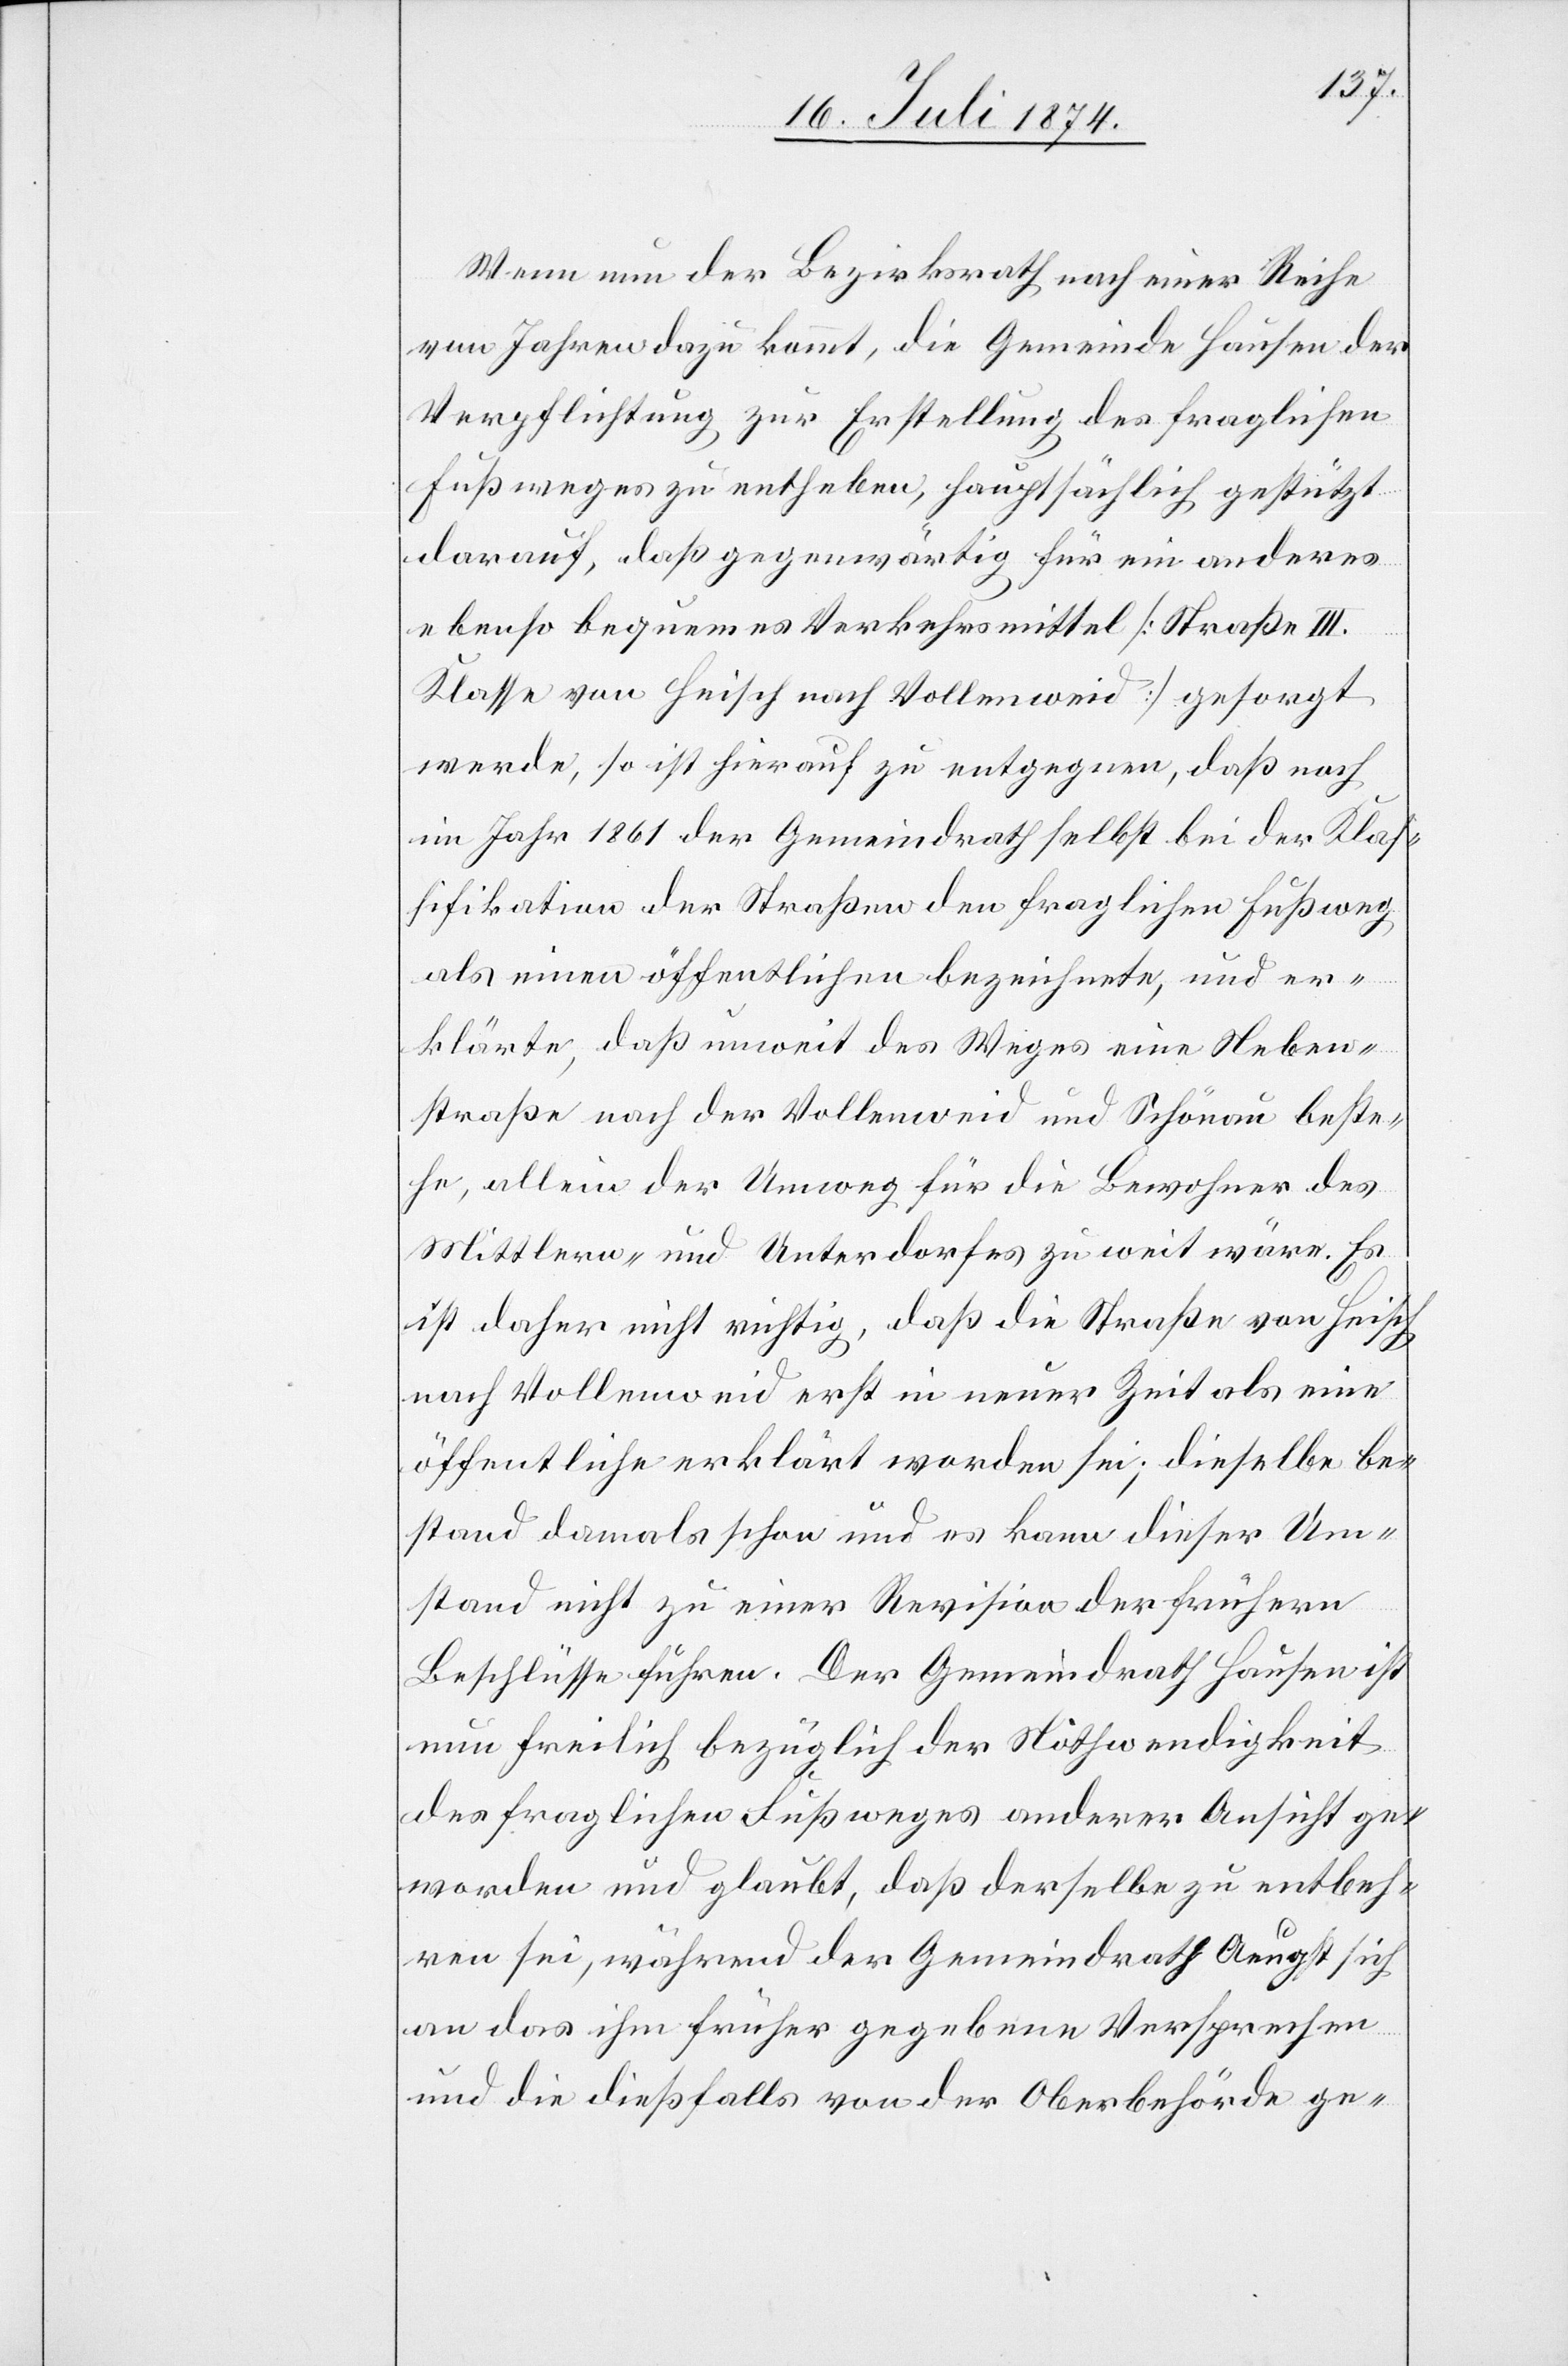
Wenn nun der Bezirksrath nach einer Reihe
von Jahren dazu kommt, die Gemeinde Hausen der
Verpflichtung zur Erstellung des fraglichen
Fußweges zu entheben, hauptsächlich gestützt
darauf, daß gegenwärtig für ein anderes
ebenso bequemes Verkehrsmittel [Straße III.
Klasse von Heisch nach Vollenweid] gesorgt
werde, so ist hierauf zu entgegnen, daß noch
im Jahr 1861 der Gemeindrath selbst bei der Klas¬
sifikation der Straßen den fraglichen Fußweg
als einen öffentlichen bezeichnete, und er¬
klärte, daß unweit des Weges eine Neben¬
straße nach der Vollenweid und Schönau beste¬
he, allein der Umweg für die Bewohner des
Mittlern- und Unterdorfes zu weit wäre. Es
ist daher nicht richtig, daß die Straße von Heisch
nach Vollenweid erst in neuer Zeit als eine
öffentliche erklärt worden sei; dieselbe be¬
stand damals schon und es kann dieser Um¬
stand nicht zu einer Revision der frühern
Beschlüsse führen. Der Gemeindrath Hausen ist
nun freilich bezüglich der Nothwendigkeit
des fraglichen Fußweges anderer Ansicht ge¬
worden und glaubt, daß derselbe zu entbeh¬
ren sei, während der Gemeindrath Aeugst sich
an das ihm früher gegebene Versprechen
und die dießfalls von der Oberbehörde ge-